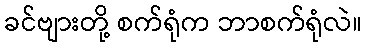
ခင်ဗျားတို့ စက်ရုံက ဘာစက်ရုံလဲ။